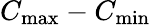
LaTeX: C_{\mathrm{max}}-C_{\mathrm{min}}